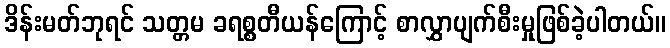
ဒိန်းမတ်ဘုရင် သတ္တမ ခရစ္စတီယန်ကြောင့် စာလွှာပျက်စီးမှုဖြစ်ခဲ့ပါတယ်။